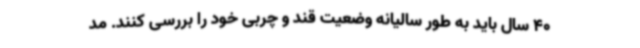
40 سال باید به طور سالیانه وضعیت قند و چربی خود را بررسی کنند. مد